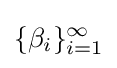
\{\beta _{i}\}_{i=1}^{\infty }